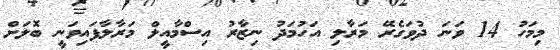
މިމަހު 14 ވަނަ ދުވަގެރޭ މަރާލި އަހުމަދު ނިޒާރު އިސްމާއީލް މަރާލާފައިވަނީ ބޮލަށް